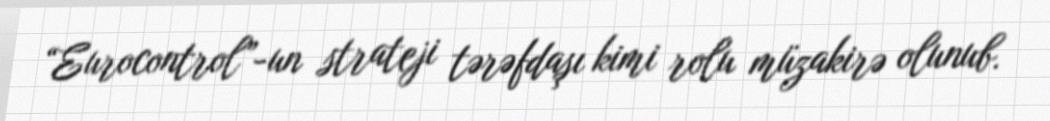
“Eurocontrol”-un strateji tərəfdaşı kimi rolu müzakirə olunub.